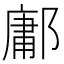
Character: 鄘